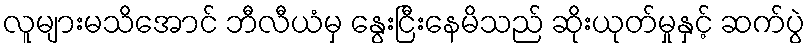
လူများမသိအောင် ဘီလီယံမှ နွေးငြီးနေမိသည် ဆိုးယုတ်မှုနှင့် ဆက်ပွဲ